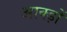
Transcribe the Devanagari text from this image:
आक्ड़ों